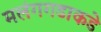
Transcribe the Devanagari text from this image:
मलंगगडाकडे